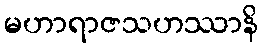
မဟာရာဇသဟဿာနိ